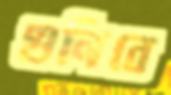
গুনিবে